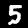
Digit: 5